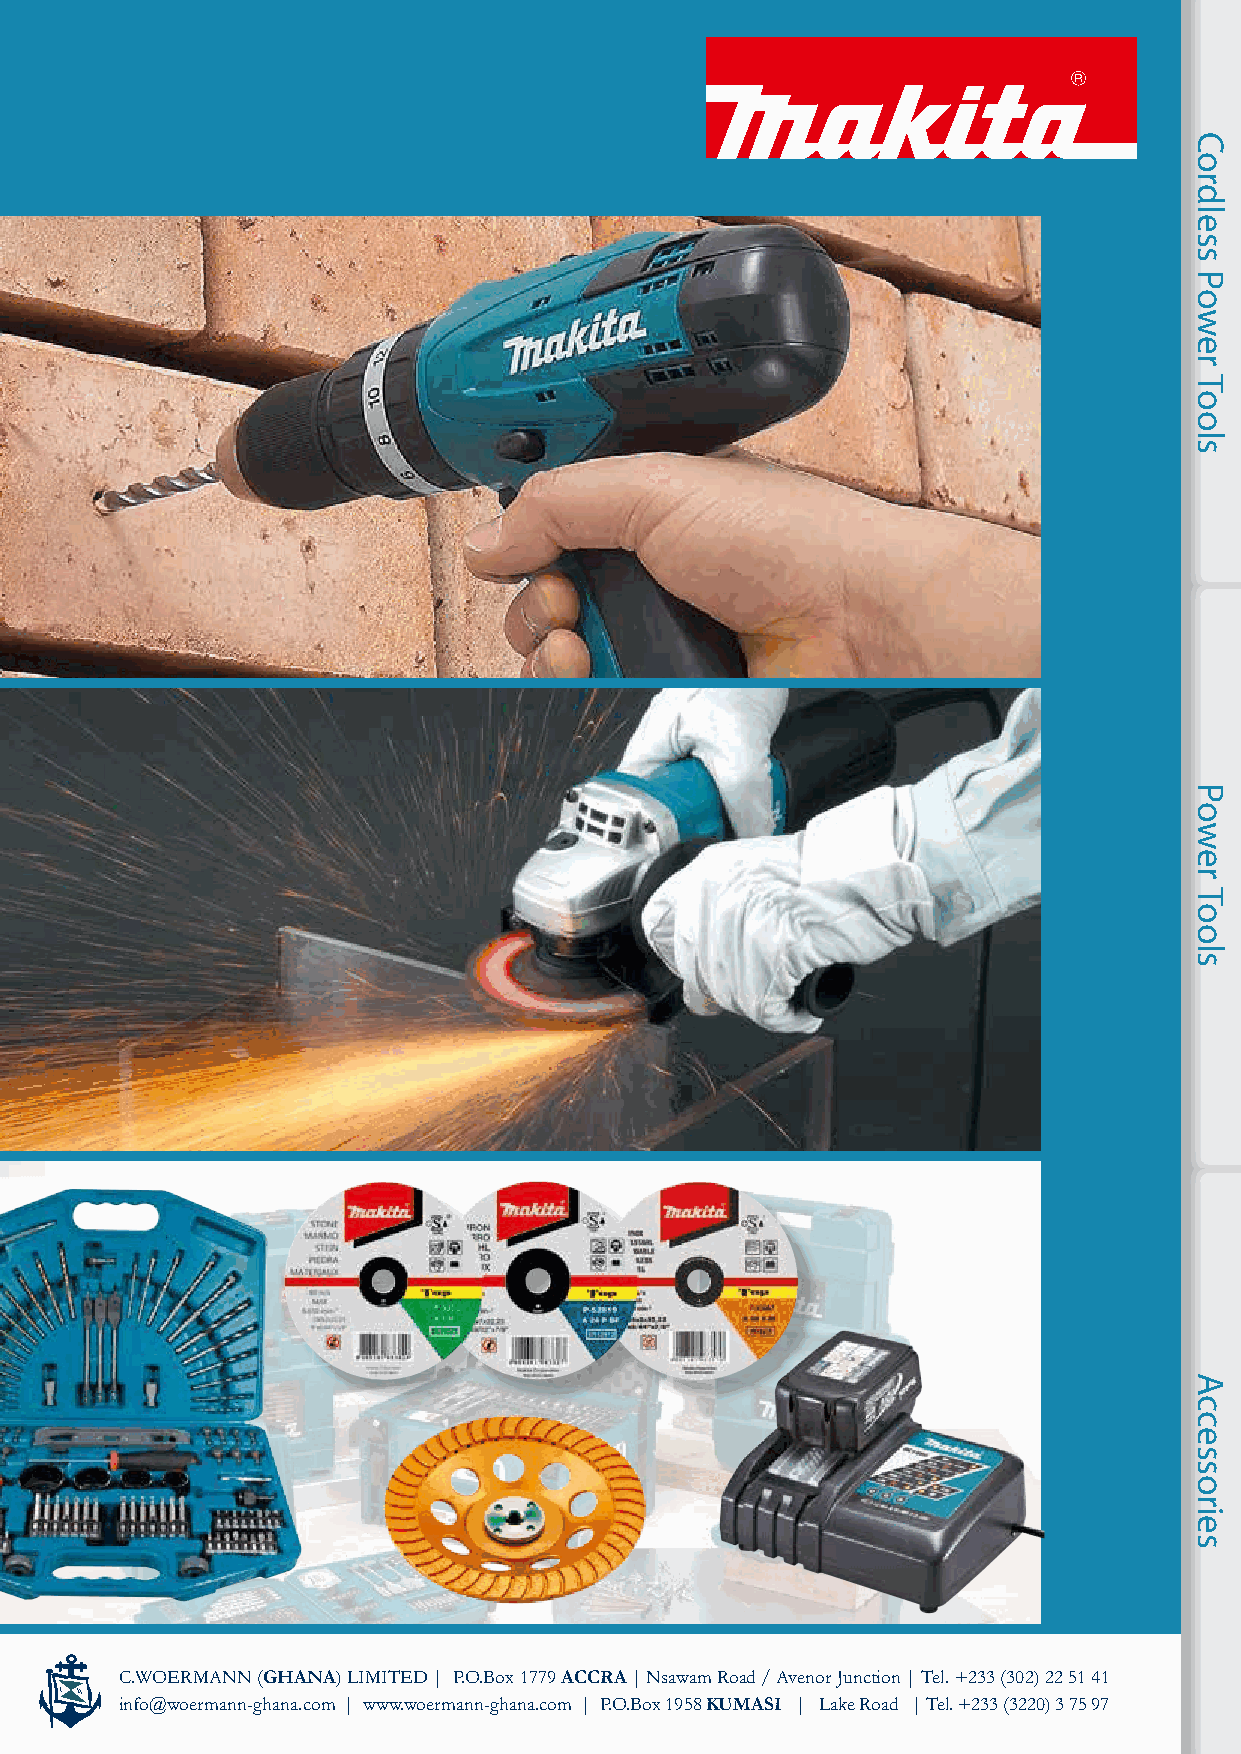
C.WOERMANN (GHANA) LIMITED | P.O.Box 1779 ACCRA | Nsawam Road / Avenor Junction | Tel. +233 (302) 22 51 41
 info@woermann-ghana.com | www.woermann-ghana.com | P.O.Box 1958 KUMASI | Lake Road | Tel. +233 (3220) 3 75 97
 Cordless
 Power
 Tools
 Power
 Tools
 Accessories